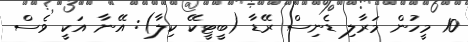
10 މީހުން މަރާލި ޑެނިސް ރޭޑާ (ބީޓީކޭ ކިލާ): އޭނާ އަކީ ވެސް